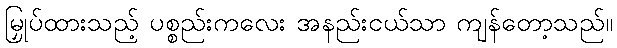
မြှုပ်ထားသည့် ပစ္စည်းကလေး အနည်းငယ်သာ ကျန်တော့သည်။